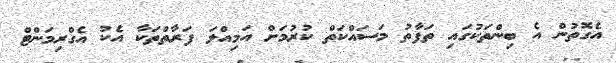
އެގޮތުން އެ ބިންތަކުގައި ތަފާތު މަސައްކަތް ކުރުމަށް އަމިއްލަ ފަރާތްތަކާ އެކު އެގްރިމަންޓް